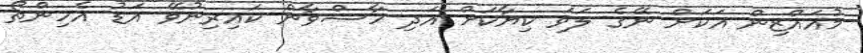
މުއައްޒިން އަކަށް ނޭގެ ލަވަ ކިޔާކަށް އަދި ހާސްވާން ކައިރިނުވޭ އަޑު އެހިންތޯ